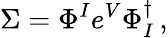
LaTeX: \Sigma=\Phi^{I}e^{V}\Phi_{I}^{\dagger}\, ,